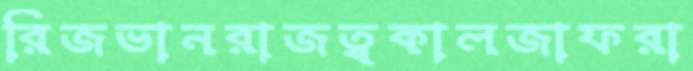
রিজভানরাজত্বকালজাফরা